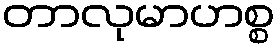
တာလုမာဟစ္စ